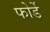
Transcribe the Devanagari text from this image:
फोर्डे